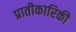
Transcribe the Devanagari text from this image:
प्रातीकारिकी